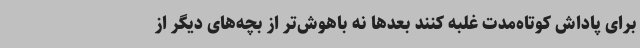
برای پاداش کوتاه‌مدت غلبه کنند بعدها نه باهوش‌تر از بچه‌های دیگر از